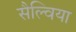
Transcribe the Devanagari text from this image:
सैल्विया